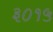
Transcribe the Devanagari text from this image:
३०१५